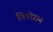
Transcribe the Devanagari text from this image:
लिबरेसन